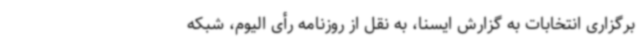
برگزاری انتخابات به گزارش ایسنا، به نقل از روزنامه رأی الیوم، شبکه